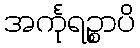
အင်္ကုရဉ္စာပိ